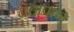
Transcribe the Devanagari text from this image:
चहापान